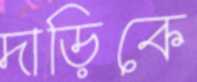
দাড়িকে